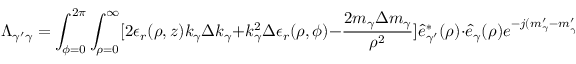
\Lambda _ { \gamma ^ { \prime } \gamma } = \int _ { \phi = 0 } ^ { 2 \pi } \int _ { \rho = 0 } ^ { \infty } [ 2 \epsilon _ { r } ( \rho , z ) k _ { \gamma } \Delta k _ { \gamma } + k _ { \gamma } ^ { 2 } \Delta \epsilon _ { r } ( \rho , \phi ) - \frac { 2 m _ { \gamma } \Delta m _ { \gamma } } { \rho ^ { 2 } } ] \hat { e } _ { \gamma ^ { \prime } } ^ { * } ( \rho ) \cdot \hat { e } _ { \gamma } ( \rho ) e ^ { - j ( m _ { \gamma } ^ { \prime } - m _ { \gamma ^ { \prime } } ^ { \prime } ) \phi } \rho d \rho d \phi